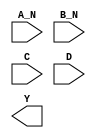
/**
 * Copyright 2020 The SkyWater PDK Authors
 *
 * Licensed under the Apache License, Version 2.0 (the "License");
 * you may not use this file except in compliance with the License.
 * You may obtain a copy of the License at
 *
 *     https://www.apache.org/licenses/LICENSE-2.0
 *
 * Unless required by applicable law or agreed to in writing, software
 * distributed under the License is distributed on an "AS IS" BASIS,
 * WITHOUT WARRANTIES OR CONDITIONS OF ANY KIND, either express or implied.
 * See the License for the specific language governing permissions and
 * limitations under the License.
 *
 * SPDX-License-Identifier: Apache-2.0
 */

`ifndef SKY130_FD_SC_HD__NAND4BB_SYMBOL_V
`define SKY130_FD_SC_HD__NAND4BB_SYMBOL_V

/**
 * nand4bb: 4-input NAND, first two inputs inverted.
 *
 * Verilog stub (without power pins) for graphical symbol definition
 * generation.
 *
 * WARNING: This file is autogenerated, do not modify directly!
 */

`timescale 1ns / 1ps
`default_nettype none

(* blackbox *)
module sky130_fd_sc_hd__nand4bb (
    //# {{data|Data Signals}}
    input  A_N,
    input  B_N,
    input  C  ,
    input  D  ,
    output Y
);

    // Voltage supply signals
    supply1 VPWR;
    supply0 VGND;
    supply1 VPB ;
    supply0 VNB ;

endmodule

`default_nettype wire
`endif  // SKY130_FD_SC_HD__NAND4BB_SYMBOL_V